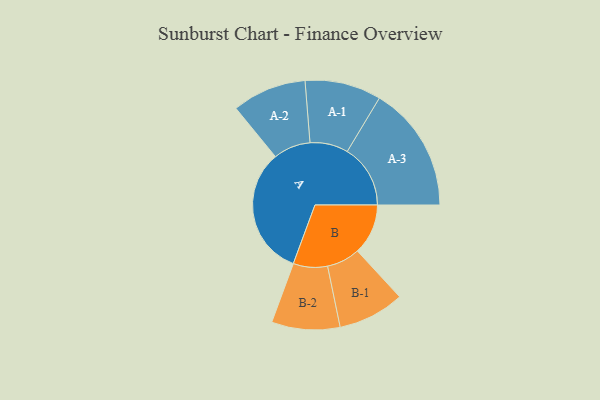
{"axis": {"x": "Segment", "y": "Value"}, "legend": ["", "A", "B"], "data": [{"x": "A", "y": 392, "type": ""}, {"x": "B", "y": 154, "type": ""}, {"x": "A-1", "y": 116, "type": "A"}, {"x": "A-2", "y": 113, "type": "A"}, {"x": "A-3", "y": 192, "type": "A"}, {"x": "B-1", "y": 101, "type": "B"}, {"x": "B-2", "y": 104, "type": "B"}]}